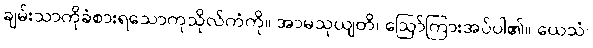
ချမ်းသာကိုခံစားရသောကုသိုလ်ကံကို။ အာမသုယျတိ၊ ဩော်ကြားအပ်ပါ၏။ ယေသံ၊